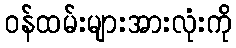
ဝန်ထမ်းများအားလုံးကို